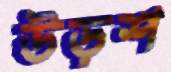
উড়শ